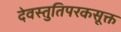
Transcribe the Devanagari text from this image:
देवस्तुतिपरकसूक्त